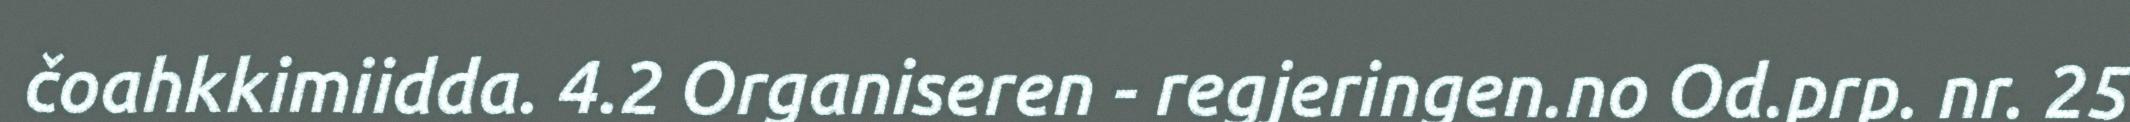
čoahkkimiidda. 4.2 Organiseren - regjeringen.no Od.prp. nr. 25